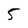
Character: 5